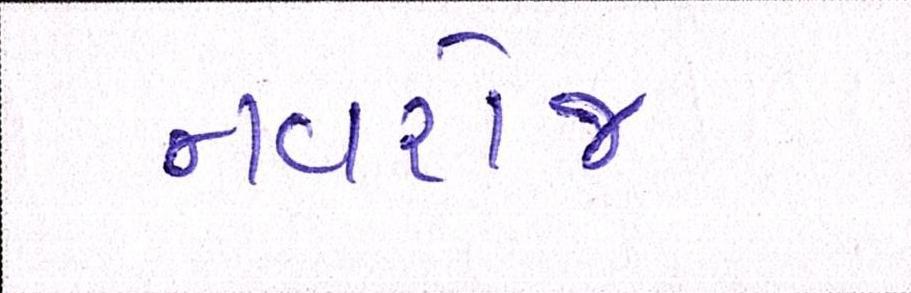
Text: નવરોજ